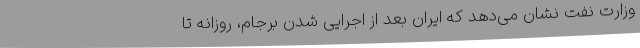
وزارت نفت نشان می‌دهد که ایران بعد از اجرایی شدن برجام، روزانه تا